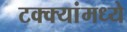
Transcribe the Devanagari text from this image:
टक्‍क्‍यांमध्ये